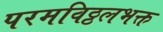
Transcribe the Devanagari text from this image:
परमविठ्ठलभक्त